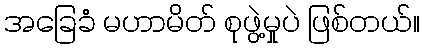
အခြေခံ မဟာမိတ် စုဖွဲ့မှုပဲ ဖြစ်တယ်။